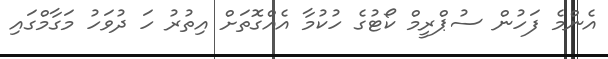
އެންމެ ފަހުން ސުޕްރީމް ކޯޓުގެ ހުކުމާ އެއްގޮތަށް އިތުރު ހަ ދުވަހު މަގާމްގައި